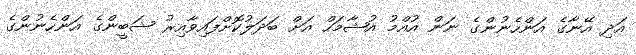
އަދި އޭނާގެ އަންހެނުންގެ ނަން އުއްމު އުޝާމަހް އަށް ބަދަލުކޮށްފައިވާއިރު ޝަބީންގެ އަންހެނުންގެ